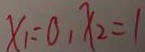
x _ { 1 } = 0 , x _ { 2 } = 1